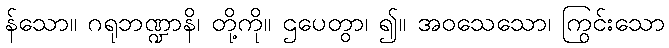
န်သော။ ဂရုဘဏ္ဍာနိ၊ တို့ကို။ ဌပေတွာ၊ ၍။ အဝသေသော၊ ကြွင်းသော